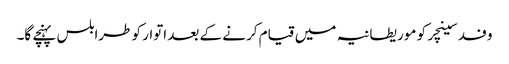
وفد سینچر کو موریطانیہ میں قیام کرنے کے بعد اتوار کو طرابلس پہنچے گا۔